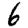
Digit: 6